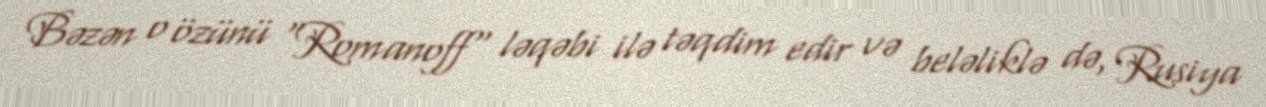
Bəzən o özünü "Romanoff" ləqəbi ilə təqdim edir və beləliklə də, Rusiya